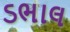
ડભાલ